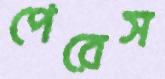
পেরেস